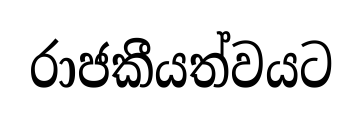
රාජකීයත්වයට